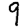
Digit: 9